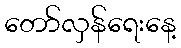
တော်လှန်ရေးနေ့